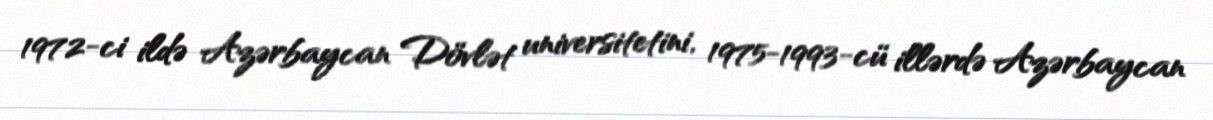
1972-ci ildə Azərbaycan Dövlət universitetini, 1975-1993-cü illərdə Azərbaycan